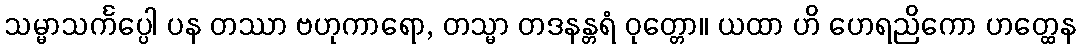
သမ္မာသင်္ကပ္ပေါ ပန တဿာ ဗဟုကာရော, တသ္မာ တဒနန္တရံ ဝုတ္တော။ ယထာ ဟိ ဟေရညိကော ဟတ္ထေန